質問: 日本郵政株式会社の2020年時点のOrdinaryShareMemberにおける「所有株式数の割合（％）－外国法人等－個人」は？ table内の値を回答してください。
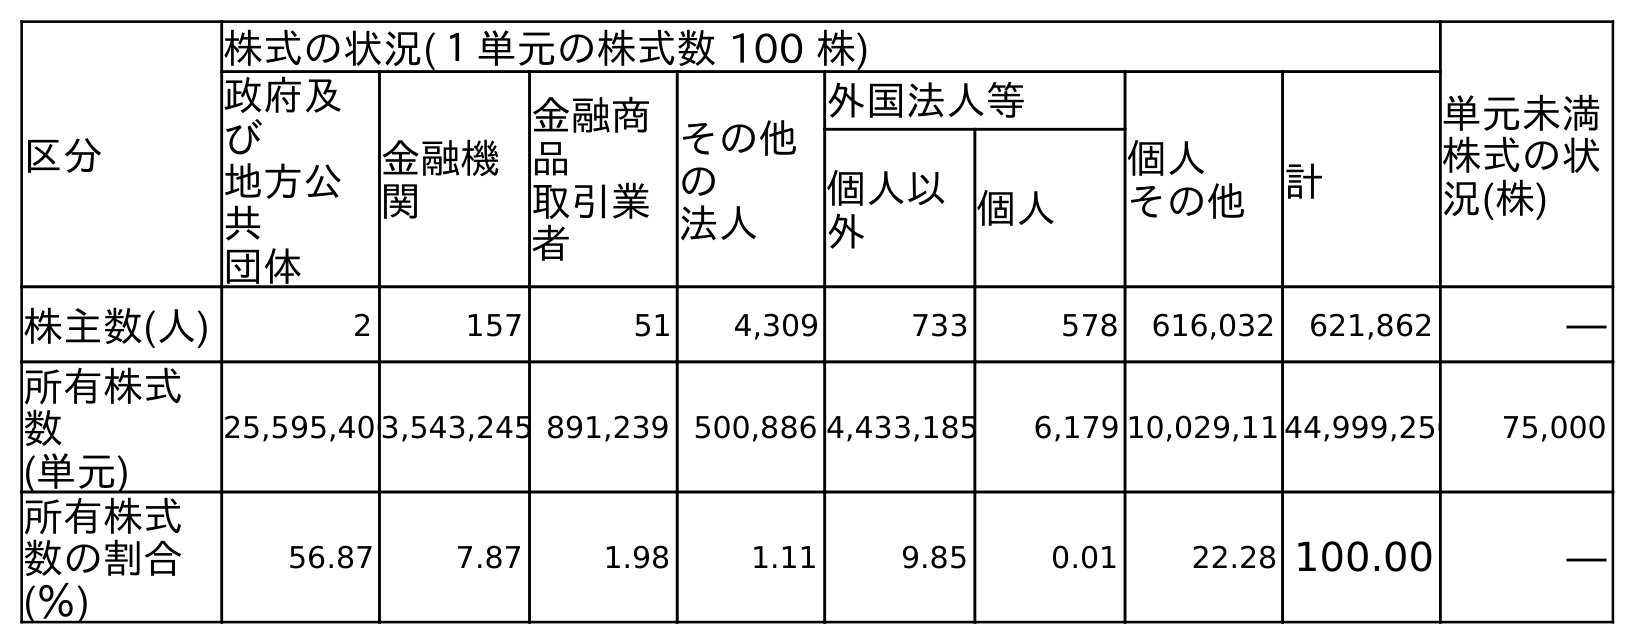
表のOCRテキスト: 区分 株式の状況(１単元の株式数 100 株) 単元未満 株式の状 況(株) 政府及 び 地方公 共 団体 金融機 関 金融商 品 取引業 者 その他 の 法人 外国法人等 個人 その他 計 個人以 外 個人 株主数(人) 2 157 51 4,309 733 578 616,032 621,862 ― 所有株式 数 (単元) 25,595,4063,543,245 891,239 500,886 4,433,185 6,179 10,029,11044,999,250 75,000 所有株式 数の割合 (％) 56.87 7.87 1.98 1.11 9.85 0.01 22.28 100.00 ―
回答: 0.01